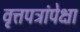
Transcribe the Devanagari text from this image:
वृत्तपत्रांपेक्षा